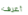
أعرف